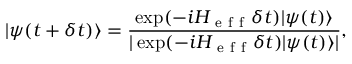
| \psi ( t + \delta t ) \rangle = \frac { \exp ( - i H _ { \mathrm { ~ e ~ f ~ f ~ } } \delta t ) | \psi ( t ) \rangle } { | \exp ( - i H _ { \mathrm { ~ e ~ f ~ f ~ } } \delta t ) | \psi ( t ) \rangle | } ,